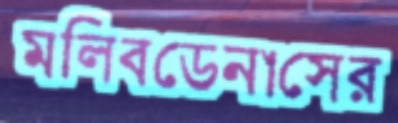
মলিবডেনাসের